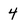
Character: 4